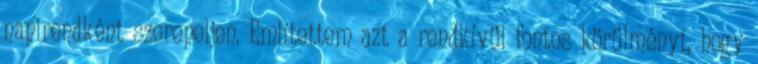
napirendként szerepeljen. Említettem azt a rendkívül fontos körülményt, hogy